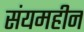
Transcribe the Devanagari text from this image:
संयमहीन